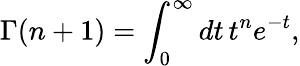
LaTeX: \Gamma(n+1)=\int_{0}^{\infty}dt\, t^{n}e^{-t},